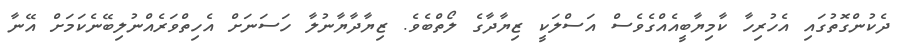
ދެކުންގޮތުގައި އެހުރިހާ ކާމިޔާބީއެއްގެވެސް އަސްލަކީ ޒިޔާދާގެ ލޯތްބެވެ. ޒިޔާދާޔާނުލާ ހަސަނަށް އެހިތްވަރެއްނުލިބޭނެކަމަށް އޭނާ